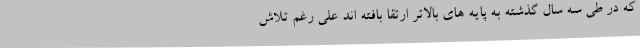
که در طی سه سال گذشته به پایه های بالاتر ارتقا بافته اند علی رغم تلاش